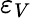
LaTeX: \varepsilon_{V}